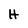
Character: H